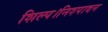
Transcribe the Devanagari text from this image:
शिल्प।निश्पादन